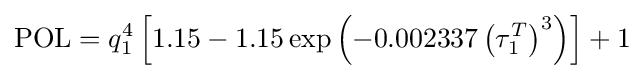
{\text{POL}}=q_{1}^{4}\left[1.15-1.15\exp \left(-0.002337\left(\tau _{1}^{T}\right)^{3}\right)\right]+1